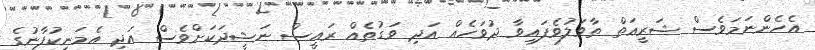
އެހެންނަމަވެސް ޝަރީޢަތް ތާވަލުވެފައިވާ ދުވަހެއް އަދި ވަގުތެއް ރައީސް ނަޝީދަކަށްވެސް އަދި އެމަނިކުފާނުގެ